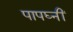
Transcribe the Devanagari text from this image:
पापघ्नीं